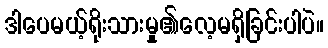
ဒါပေမယ့်ရိုးသားမှု၏လေ့မရှိခြင်းပါပဲ။